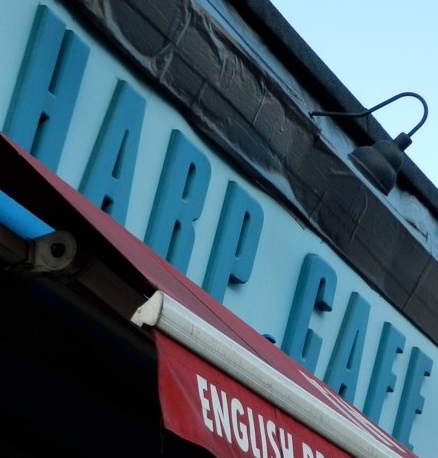
HARP CAFE